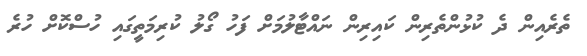
ތެރެއިން ދެ ކުޅުންތެރިން ކައިރިން ނައްޓާލުމަށް ފަހު ގޯލު ކުރިމަތީގައި ހުސްކޮށް ހުރެ